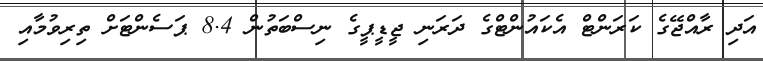
އަދި ރާއްޖޭގެ ކަރަންޓް އެކައުންޓްގެ ދަރަނި ޖީޑީޕީގެ ނިސްބަތުން 8.4 ޕަސެންޓަށް ތިރިވުމާއި